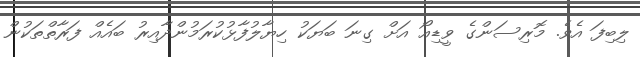
ލިބިފަ އެވެ. މޮރިސަންގެ ވީޑިއޯ އަށް ގިނަ ބަޔަކު ހިޔާލުފާޅުކުރަމުންދާއިރު ބައެއް ފަރާތްތަކުން